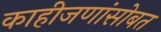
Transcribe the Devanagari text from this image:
काहीजणांसोबत